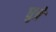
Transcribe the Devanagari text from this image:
धुत्रे